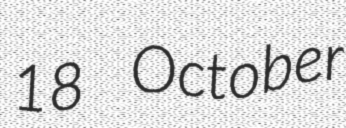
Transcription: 18 October